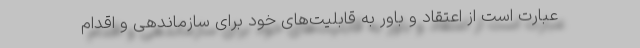
عبارت است از اعتقاد و باور به قابلیت‌های خود برای سازماندهی و اقدام